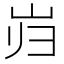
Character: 岿